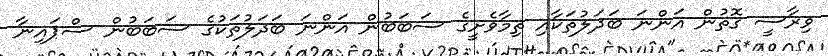
ވިރާސީ ގޮތުން އަންނަ ބަދަލުތަކާއި ތިމާވެށީގެ ސަބަބުން އަންނަ ބަދަލުތަކުގެ ސަބަބުން ސްޕައިނާ